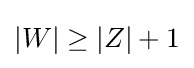
|W|\geq |Z|+1